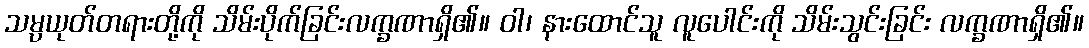
သမ္ပယုတ်တရားတို့ကို သိမ်းပိုက်ခြင်းလက္ခဏာရှိ၏။ ဝါ၊ နားထောင်သူ လူပေါင်းကို သိမ်းသွင်းခြင်း လက္ခဏာရှိ၏။